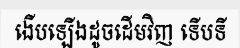
ងើបឡើងដូចដើមវិញ ទើបទី